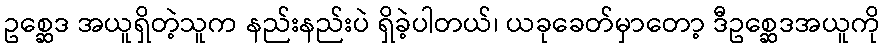
ဥစ္ဆေဒ အယူရှိတဲ့သူက နည်းနည်းပဲ ရှိခဲ့ပါတယ်၊ ယခုခေတ်မှာတော့ ဒီဥစ္ဆေဒအယူကို